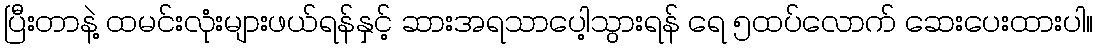
ပြီးတာနဲ့ ထမင်းလုံးများဖယ်ရန်နှင့် ဆားအရသာပေါ့သွားရန် ရေ ၅ထပ်လောက် ဆေးပေးထားပါ။